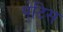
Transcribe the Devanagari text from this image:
पेटिस